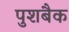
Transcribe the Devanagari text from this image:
पुशबैक